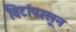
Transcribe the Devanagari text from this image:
विटांपासून